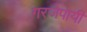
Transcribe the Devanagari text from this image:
गरजेपायी